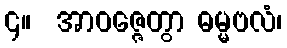
၄။  အာဝဇ္ဇေတွာ ဓမ္မဗလံ၊